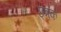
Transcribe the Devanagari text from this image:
छ्त्रक